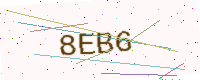
Text: 8EB6